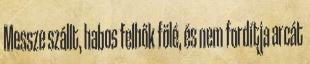
Messze szállt, habos felhők fölé, és nem fordítja arcát